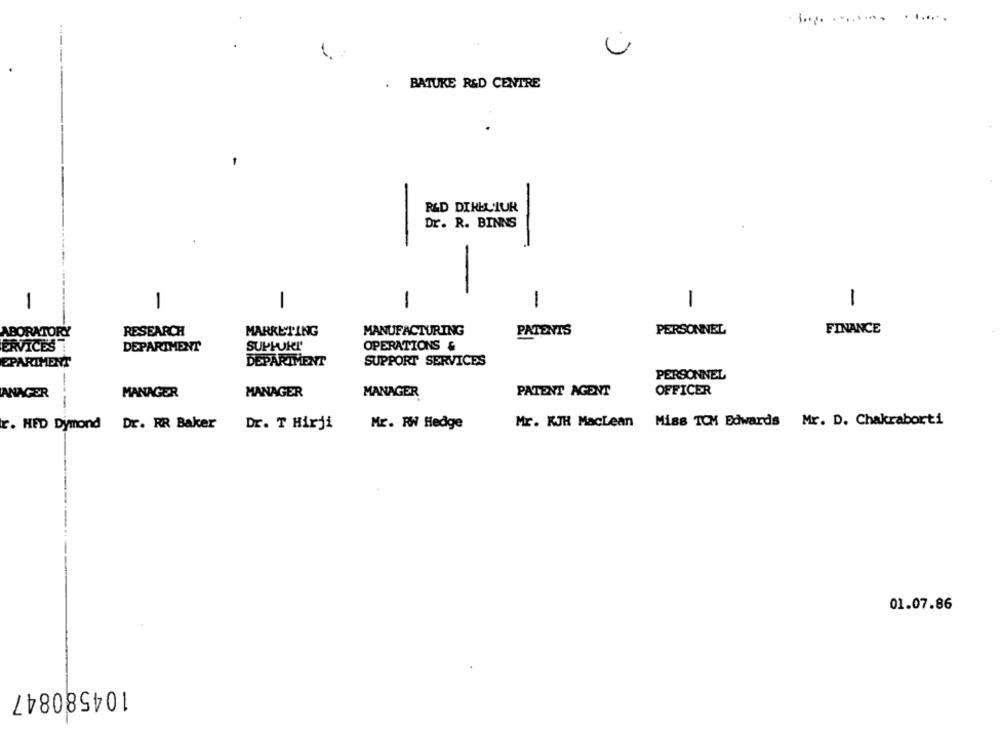
. BATUKE R&D CENTRE
R&D DIKEL'TUR
Dr. R. BINNS
1
1
-
-
1
1
1
FINANCE
ABORATORY
RESEARCH
MARKETING
MANUFACTURING
PATENIS
PERSONNEL
ERVICES
DEPARTMENT
SUPPORT'
OPERATIONS &
EPARTMENT
DEPARTMENT
SUPPORT SERVICES
PERSONNEL
ANAGER
MANAGER
MANAGER
MANAGER
PATENT AGENT
OFFICER
---
Mr. KJH MacLean Miss TCM Edwards Mr. D. Chakraborti
r. HED Dymond Dr. RR Baker
Dr. T Hirji
Mr. RW Hedge
01.07.86
104580847